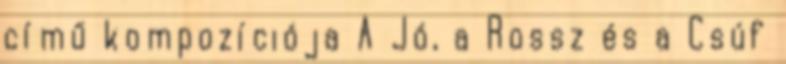
című kompozíciója A Jó, a Rossz és a Csúf